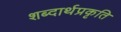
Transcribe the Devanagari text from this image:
शब्दार्थप्रकृति